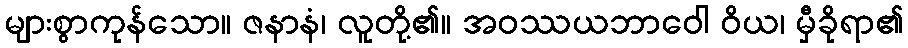
များစွာကုန်သော။ ဇနာနံ၊ လူတို့၏။ အဝဿယဘာဝေါ ဝိယ၊ မှီခိုရာ၏